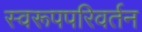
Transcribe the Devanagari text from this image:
स्वरूपपरिवर्तन